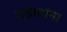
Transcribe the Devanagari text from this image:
वहातांना